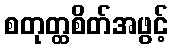
စတုတ္ထစိတ်အဖွင့်